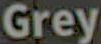
Grey